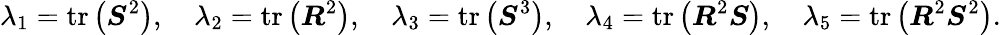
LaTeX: \lambda_{1}=\operatorname{tr}\left(\boldsymbol{S}^{2}\right),\quad\lambda_{2}=\operatorname{tr}\left(\boldsymbol{R}^{2}\right),\quad\lambda_{3}=\operatorname{tr}\left(\boldsymbol{S}^{3}\right),\quad\lambda_{4}=\operatorname{tr}\left(\boldsymbol{R}^{2}\boldsymbol{S}\right),\quad\lambda_{5}=\operatorname{tr}\left(\boldsymbol{R}^{2}\boldsymbol{S}^{2}\right).